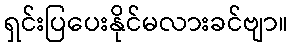
ရှင်းပြပေးနိုင်မလားခင်ဗျာ။